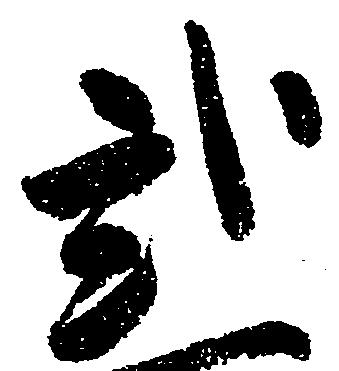
弐